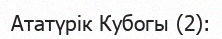
Ататүрік Кубогы (2):